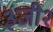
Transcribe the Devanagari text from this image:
३जी२